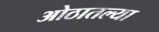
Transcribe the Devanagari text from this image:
ओठातल्या